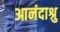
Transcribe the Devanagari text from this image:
आनंदाश्रु